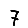
Digit: 7